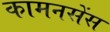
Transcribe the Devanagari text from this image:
कामनसेंस